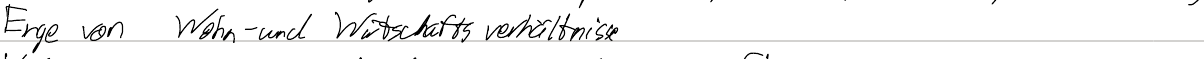
Enge von Wohn- und Wirtschaftsverhältnisse